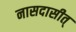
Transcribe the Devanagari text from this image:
नासदासीत्